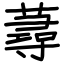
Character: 蕁